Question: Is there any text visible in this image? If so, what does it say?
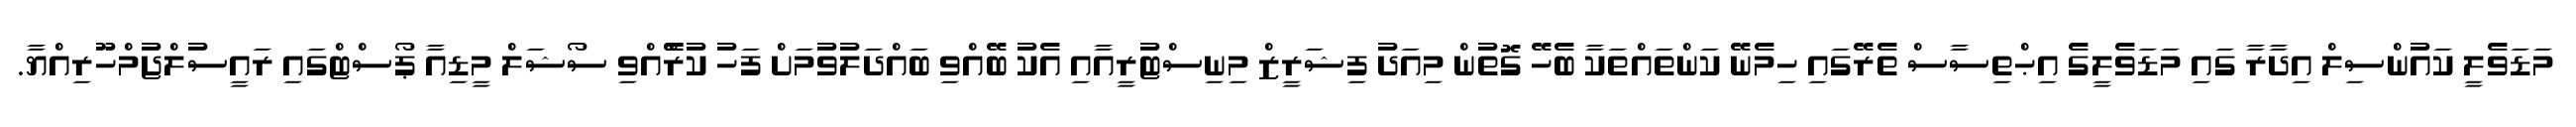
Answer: މަޑަވެލީ ކައުންސިލް އިދާރާ ގައި މަޑަވެލީގެ އިޙްތިސާސް ތެރޭގައި ހިމެނޭ ކަންތައްތަކާ ބެހޭ ގޮތުން މިއަދު ފިޝަރީޒް މިނިސްޓުރީއާއި އެކު ބޭއްވި ބައްދަލުވުމަށް ފަހު ކުރެްެއްވި ސޯޝަލް މީޑިއާ ޕޯސްޓްގައި ރައީސުލްޖުމްހޫރިއްޔާ.